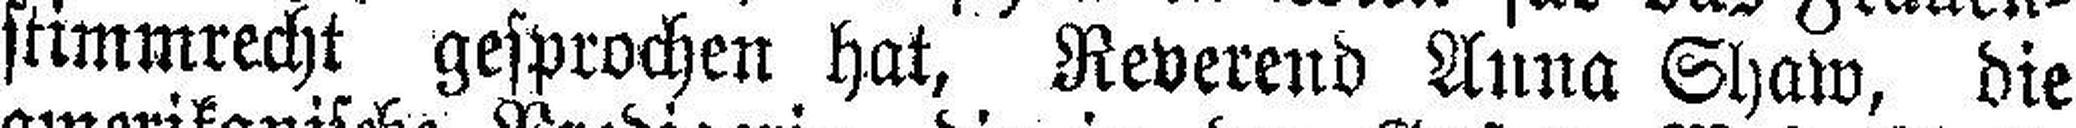
stimmrecht gesprochen hat, Reverend Anna Shaw, die